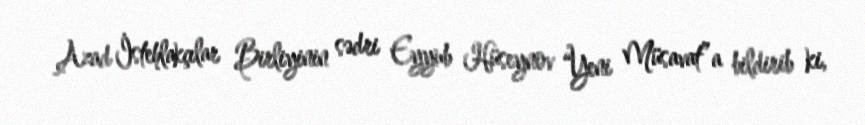
Azad İstehlakçılar Birliyinin sədri Eyyub Hüseynov “Yeni Müsavat”a bildirib ki,